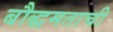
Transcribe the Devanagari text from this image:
बौद्धमताची